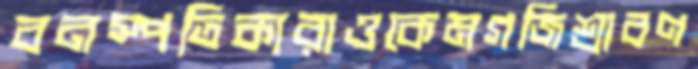
বনস্পতিকারাওকেমগজিশ্রাবণ